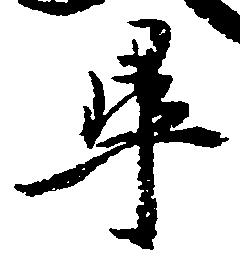
畢